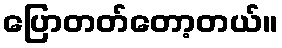
ပြောတတ်တော့တယ်။